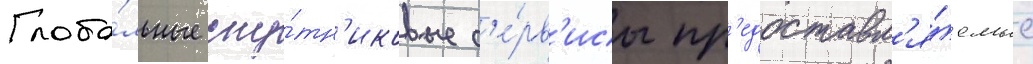
Глоба́льные спу́тн'иковые с'е́рв'исы пр'едоставл'я́емые